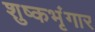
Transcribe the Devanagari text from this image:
शुष्कभृंगार